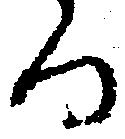
る